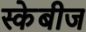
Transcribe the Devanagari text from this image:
स्केबीज